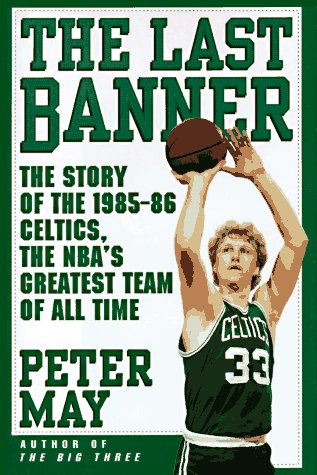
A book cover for The LAST BANNER: The Story of the 1985-86 Celtics and the NBA's Greatest Team of All Time; Peter May; Sports & Outdoors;